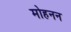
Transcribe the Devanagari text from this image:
मोहनन